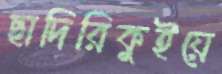
ছাদিরিকুইয়ে